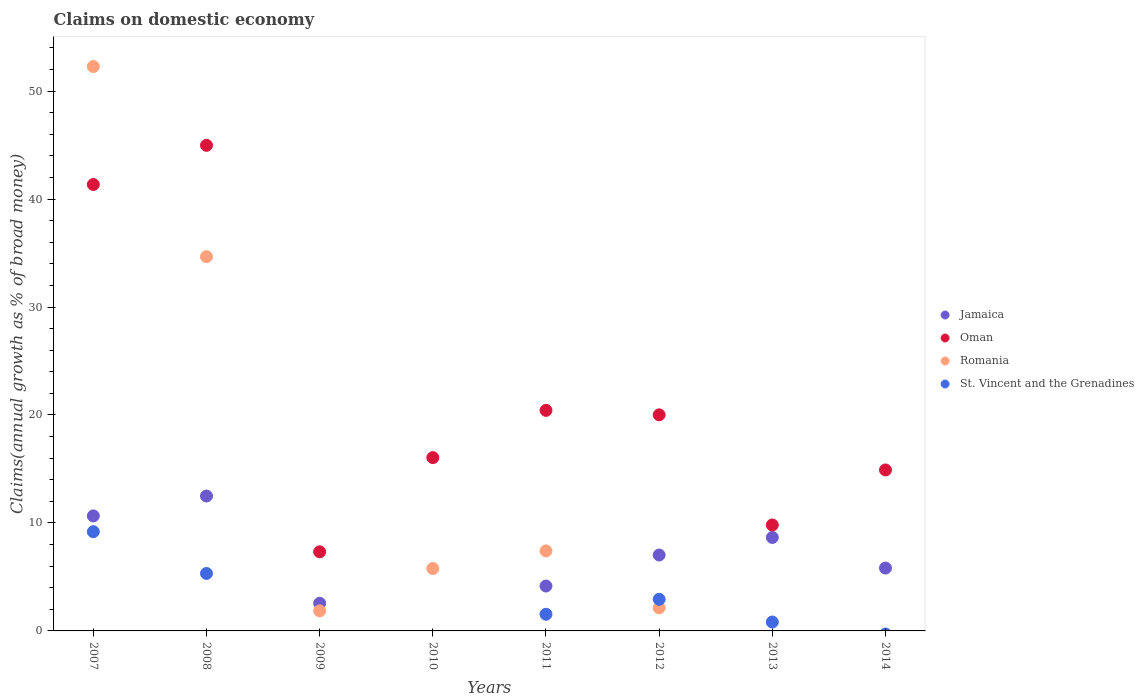
| Years | Jamaica | Oman | Romania | St. Vincent and the Grenadines |
 | --- | --- | --- | --- | --- |
 | 2007 | 10.7 | 41.3 | 52.3 | 9.19 |
 | 2008 | 12.5 | 45 | 34.7 | 5.32 |
 | 2009 | 2.56 | 7.33 | 1.86 | -0.495 |
 | 2010 | -0.667 | 16.1 | 5.78 | -2.34 |
 | 2011 | 4.16 | 20.4 | 7.41 | 1.54 |
 | 2012 | 7.03 | 20 | 2.14 | 2.93 |
 | 2013 | 8.66 | 9.81 | -3.19 | 0.825 |
 | 2014 | 5.82 | 14.9 | -2.67 | -0.29 |